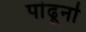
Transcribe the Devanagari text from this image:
पांढूर्ना